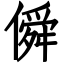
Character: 僢